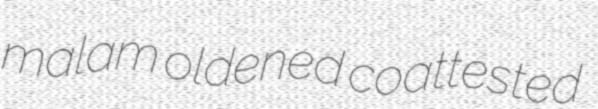
malam oldened coattested